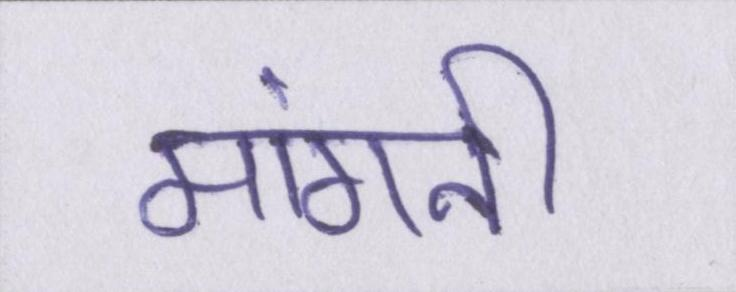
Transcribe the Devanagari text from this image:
मांगनी